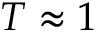
T \approx 1